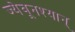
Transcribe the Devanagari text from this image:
ज्येवूनश्यान्